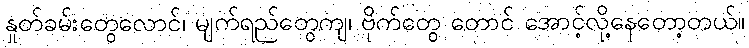
နှုတ်ခမ်းတွေလောင်၊ မျက်ရည်တွေကျ၊ ဗိုက်တွေ တောင် အောင့်လို့နေတော့တယ်။